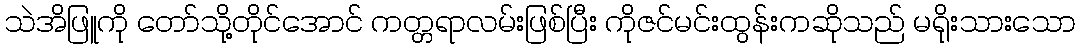
သဲအိဖြူကို တော်သို့တိုင်အောင် ကတ္တရာလမ်းဖြစ်ပြီး ကိုဇင်မင်းထွန်းကဆိုသည် မရိုးသားသော